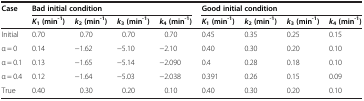
<table><thead><tr><td rowspan="2"><b>Case</b></td><td colspan="4"><b>Bad initial condition</b></td><td colspan="4"><b>Good initial condition</b></td></tr><tr><td><b><i>K</i><sub>1 </sub>(min<sup>-1</sup>)</b></td><td><b><i>k</i><sub>2 </sub>(min<sup>-1</sup>)</b></td><td><b><i>k</i><sub>3 </sub>(min<sup>-1</sup>)</b></td><td><b><i>k</i><sub>4 </sub>(min<sup>-1</sup>)</b></td><td><b><i>K</i><sub>1 </sub>(min<sup>-1</sup>)</b></td><td><b><i>k</i><sub>2 </sub>(min<sup>-1</sup>)</b></td><td><b><i>k</i><sub>3 </sub>(min<sup>-1</sup>)</b></td><td><b><i>k</i><sub>4 </sub>(min<sup>-1</sup>)</b></td></tr></thead><tbody><tr><td>Initial</td><td>0.70</td><td>0.70</td><td>0.70</td><td>0.70</td><td>0.45</td><td>0.35</td><td>0.25</td><td>0.15</td></tr><tr><td>α = 0</td><td>0.14</td><td>−1.62</td><td>−5.10</td><td>−2.10</td><td>0.40</td><td>0.30</td><td>0.20</td><td>0.10</td></tr><tr><td>α = 0.1</td><td>0.13</td><td>−1.65</td><td>−5.14</td><td>−2.090</td><td>0.4</td><td>0.28</td><td>0.18</td><td>0.10</td></tr><tr><td>α = 0.4</td><td>0.12</td><td>−1.64</td><td>−5.03</td><td>−2.038</td><td>0.391</td><td>0.26</td><td>0.15</td><td>0.09</td></tr><tr><td>True</td><td>0.40</td><td>0.30</td><td>0.20</td><td>0.10</td><td>0.40</td><td>0.30</td><td>0.20</td><td>0.10</td></tr></tbody></table>